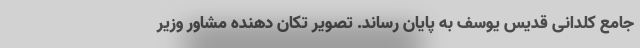
جامع کلدانی قدیس یوسف به پایان رساند. تصویر تکان‌ دهنده مشاور وزیر